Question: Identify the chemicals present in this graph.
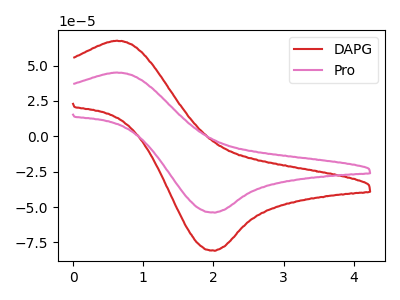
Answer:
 <answer>The red curve is labeled "DAPG". The pink curve is labeled "Pro".</answer>
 <eval></eval>